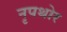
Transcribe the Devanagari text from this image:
नृपथोर